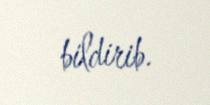
bildirib.